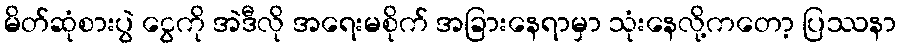
မိတ်ဆုံစားပွဲ ငွေကို အဲဒီလို အရေးမစိုက် အခြားနေရာမှာ သုံးနေလို့ကတော့ ပြဿနာ